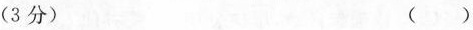
(3分) ( )